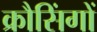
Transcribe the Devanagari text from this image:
क्रौसिंगों